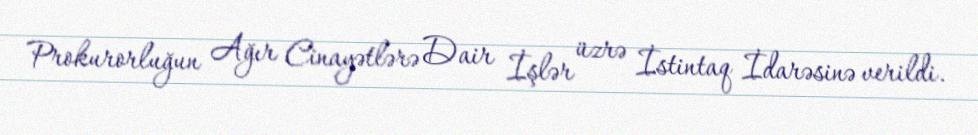
Prokurorluğun Ağır Cinayətlərə Dair İşlər üzrə İstintaq İdarəsinə verildi.